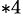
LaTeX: ^{*4}